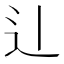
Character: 𫐞